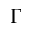
\Gamma